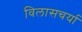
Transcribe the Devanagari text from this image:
विलासचर्या